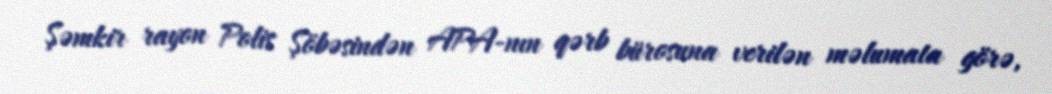
Şəmkir rayon Polis Şöbəsindən APA-nın qərb bürosuna verilən məlumata görə,